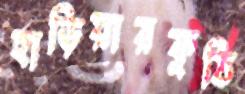
হাড়িয়ারকুঠি